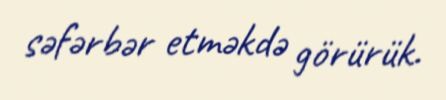
səfərbər etməkdə görürük.